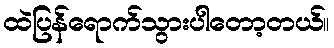
ထဲပြန်ရောက်သွားပါတော့တယ်။